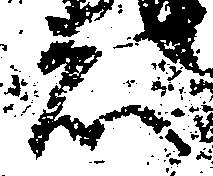
者